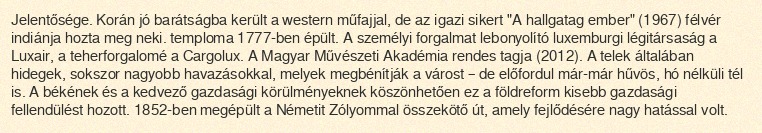
Jelentősége. Korán jó barátságba került a western műfajjal, de az igazi sikert "A hallgatag ember" (1967) félvér indiánja hozta meg neki. temploma 1777-ben épült. A személyi forgalmat lebonyolító luxemburgi légitársaság a Luxair, a teherforgalomé a Cargolux. A Magyar Művészeti Akadémia rendes tagja (2012). A telek általában hidegek, sokszor nagyobb havazásokkal, melyek megbénítják a várost – de előfordul már-már hűvös, hó nélküli tél is. A békének és a kedvező gazdasági körülményeknek köszönhetően ez a földreform kisebb gazdasági fellendülést hozott. 1852-ben megépült a Németit Zólyommal összekötő út, amely fejlődésére nagy hatással volt.